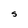
Character: S